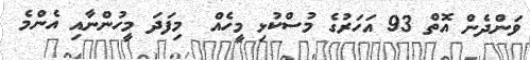
ވަންދެން އޮތް 93 އަހަރުގެ މުސްކުޅި މީހެއް  މިފަދަ މީހުންނާއި އެންމެ